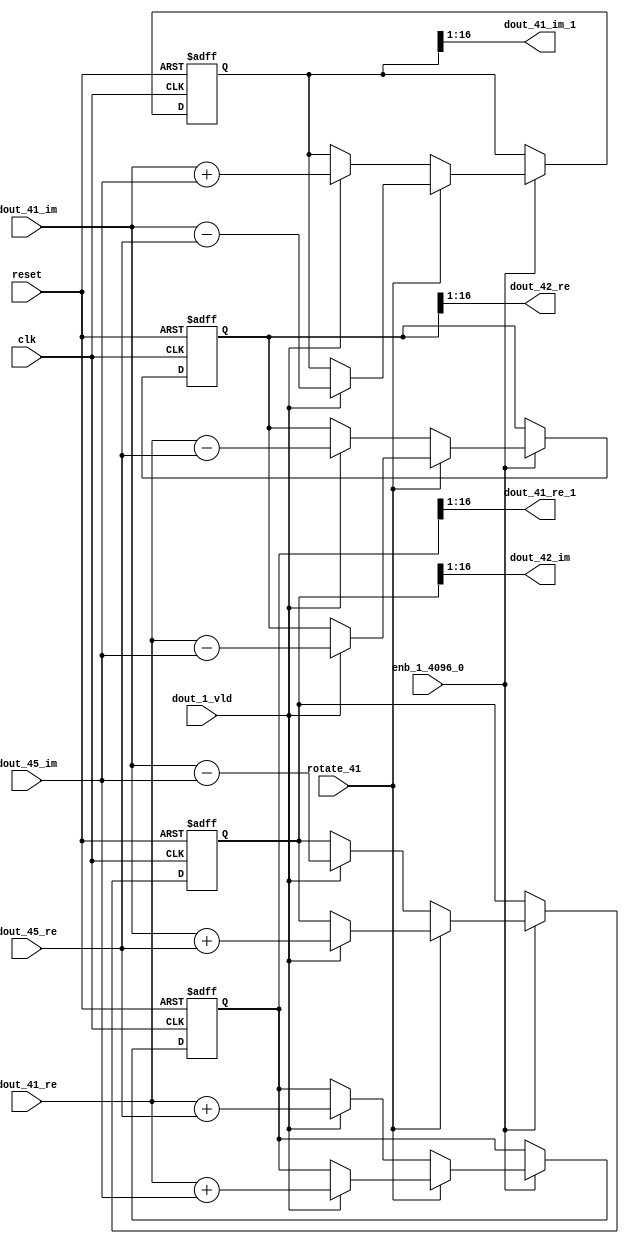
// -------------------------------------------------------------
// 
// 
// Generated by MATLAB 9.14 and HDL Coder 4.1
// 
// -------------------------------------------------------------


// -------------------------------------------------------------
// 
// Module: RADIX22FFT_SDNF2_6_block19
// Source Path: dsphdl.IFFT/RADIX22FFT_SDNF2_6
// Hierarchy Level: 4
// 
// -------------------------------------------------------------

`timescale 1 ns / 1 ns

module RADIX22FFT_SDNF2_6_block19
          (clk,
           reset,
           enb_1_4096_0,
           rotate_41,
           dout_41_re,
           dout_41_im,
           dout_45_re,
           dout_45_im,
           dout_1_vld,
           dout_41_re_1,
           dout_41_im_1,
           dout_42_re,
           dout_42_im);


  input   clk;
  input   reset;
  input   enb_1_4096_0;
  input   rotate_41;  // ufix1
  input   signed [15:0] dout_41_re;  // sfix16_En14
  input   signed [15:0] dout_41_im;  // sfix16_En14
  input   signed [15:0] dout_45_re;  // sfix16_En14
  input   signed [15:0] dout_45_im;  // sfix16_En14
  input   dout_1_vld;
  output  signed [15:0] dout_41_re_1;  // sfix16_En14
  output  signed [15:0] dout_41_im_1;  // sfix16_En14
  output  signed [15:0] dout_42_re;  // sfix16_En14
  output  signed [15:0] dout_42_im;  // sfix16_En14


  reg  Radix22ButterflyG2_NF_din_vld_dly;
  reg signed [16:0] Radix22ButterflyG2_NF_btf1_re_reg;  // sfix17
  reg signed [16:0] Radix22ButterflyG2_NF_btf1_im_reg;  // sfix17
  reg signed [16:0] Radix22ButterflyG2_NF_btf2_re_reg;  // sfix17
  reg signed [16:0] Radix22ButterflyG2_NF_btf2_im_reg;  // sfix17
  reg  Radix22ButterflyG2_NF_din_vld_dly_next;
  reg signed [16:0] Radix22ButterflyG2_NF_btf1_re_reg_next;  // sfix17_En14
  reg signed [16:0] Radix22ButterflyG2_NF_btf1_im_reg_next;  // sfix17_En14
  reg signed [16:0] Radix22ButterflyG2_NF_btf2_re_reg_next;  // sfix17_En14
  reg signed [16:0] Radix22ButterflyG2_NF_btf2_im_reg_next;  // sfix17_En14
  reg signed [15:0] dout_41_re_2;  // sfix16_En14
  reg signed [15:0] dout_41_im_2;  // sfix16_En14
  reg signed [15:0] dout_42_re_1;  // sfix16_En14
  reg signed [15:0] dout_42_im_1;  // sfix16_En14
  reg  dout_6_vld;
  reg signed [16:0] Radix22ButterflyG2_NF_add_cast;  // sfix17_En14
  reg signed [16:0] Radix22ButterflyG2_NF_add_cast_0;  // sfix17_En14
  reg signed [16:0] Radix22ButterflyG2_NF_add_cast_1;  // sfix17_En14
  reg signed [16:0] Radix22ButterflyG2_NF_add_cast_2;  // sfix17_En14
  reg signed [16:0] Radix22ButterflyG2_NF_sub_cast;  // sfix17_En14
  reg signed [16:0] Radix22ButterflyG2_NF_sub_cast_0;  // sfix17_En14
  reg signed [16:0] Radix22ButterflyG2_NF_sub_cast_1;  // sfix17_En14
  reg signed [16:0] Radix22ButterflyG2_NF_sub_cast_2;  // sfix17_En14
  reg signed [16:0] Radix22ButterflyG2_NF_sra_temp;  // sfix17_En14
  reg signed [16:0] Radix22ButterflyG2_NF_add_cast_3;  // sfix17_En14
  reg signed [16:0] Radix22ButterflyG2_NF_add_cast_4;  // sfix17_En14
  reg signed [16:0] Radix22ButterflyG2_NF_add_cast_5;  // sfix17_En14
  reg signed [16:0] Radix22ButterflyG2_NF_add_cast_6;  // sfix17_En14
  reg signed [16:0] Radix22ButterflyG2_NF_sra_temp_0;  // sfix17_En14
  reg signed [16:0] Radix22ButterflyG2_NF_sub_cast_3;  // sfix17_En14
  reg signed [16:0] Radix22ButterflyG2_NF_sub_cast_4;  // sfix17_En14
  reg signed [16:0] Radix22ButterflyG2_NF_sub_cast_5;  // sfix17_En14
  reg signed [16:0] Radix22ButterflyG2_NF_sub_cast_6;  // sfix17_En14
  reg signed [16:0] Radix22ButterflyG2_NF_sra_temp_1;  // sfix17_En14
  reg signed [16:0] Radix22ButterflyG2_NF_sra_temp_2;  // sfix17_En14


  // Radix22ButterflyG2_NF
  always @(posedge clk or posedge reset)
    begin : Radix22ButterflyG2_NF_process
      if (reset == 1'b1) begin
        Radix22ButterflyG2_NF_din_vld_dly <= 1'b0;
        Radix22ButterflyG2_NF_btf1_re_reg <= 17'sb00000000000000000;
        Radix22ButterflyG2_NF_btf1_im_reg <= 17'sb00000000000000000;
        Radix22ButterflyG2_NF_btf2_re_reg <= 17'sb00000000000000000;
        Radix22ButterflyG2_NF_btf2_im_reg <= 17'sb00000000000000000;
      end
      else begin
        if (enb_1_4096_0) begin
          Radix22ButterflyG2_NF_din_vld_dly <= Radix22ButterflyG2_NF_din_vld_dly_next;
          Radix22ButterflyG2_NF_btf1_re_reg <= Radix22ButterflyG2_NF_btf1_re_reg_next;
          Radix22ButterflyG2_NF_btf1_im_reg <= Radix22ButterflyG2_NF_btf1_im_reg_next;
          Radix22ButterflyG2_NF_btf2_re_reg <= Radix22ButterflyG2_NF_btf2_re_reg_next;
          Radix22ButterflyG2_NF_btf2_im_reg <= Radix22ButterflyG2_NF_btf2_im_reg_next;
        end
      end
    end

  always @(Radix22ButterflyG2_NF_btf1_im_reg, Radix22ButterflyG2_NF_btf1_re_reg,
       Radix22ButterflyG2_NF_btf2_im_reg, Radix22ButterflyG2_NF_btf2_re_reg,
       Radix22ButterflyG2_NF_din_vld_dly, dout_1_vld, dout_41_im, dout_41_re,
       dout_45_im, dout_45_re, rotate_41) begin
    Radix22ButterflyG2_NF_add_cast_1 = 17'sb00000000000000000;
    Radix22ButterflyG2_NF_add_cast_2 = 17'sb00000000000000000;
    Radix22ButterflyG2_NF_sub_cast_1 = 17'sb00000000000000000;
    Radix22ButterflyG2_NF_sub_cast_2 = 17'sb00000000000000000;
    Radix22ButterflyG2_NF_add_cast_5 = 17'sb00000000000000000;
    Radix22ButterflyG2_NF_add_cast_6 = 17'sb00000000000000000;
    Radix22ButterflyG2_NF_sub_cast_5 = 17'sb00000000000000000;
    Radix22ButterflyG2_NF_sub_cast_6 = 17'sb00000000000000000;
    Radix22ButterflyG2_NF_add_cast = 17'sb00000000000000000;
    Radix22ButterflyG2_NF_add_cast_0 = 17'sb00000000000000000;
    Radix22ButterflyG2_NF_sub_cast = 17'sb00000000000000000;
    Radix22ButterflyG2_NF_sub_cast_0 = 17'sb00000000000000000;
    Radix22ButterflyG2_NF_add_cast_3 = 17'sb00000000000000000;
    Radix22ButterflyG2_NF_add_cast_4 = 17'sb00000000000000000;
    Radix22ButterflyG2_NF_sub_cast_3 = 17'sb00000000000000000;
    Radix22ButterflyG2_NF_sub_cast_4 = 17'sb00000000000000000;
    Radix22ButterflyG2_NF_btf1_re_reg_next = Radix22ButterflyG2_NF_btf1_re_reg;
    Radix22ButterflyG2_NF_btf1_im_reg_next = Radix22ButterflyG2_NF_btf1_im_reg;
    Radix22ButterflyG2_NF_btf2_re_reg_next = Radix22ButterflyG2_NF_btf2_re_reg;
    Radix22ButterflyG2_NF_btf2_im_reg_next = Radix22ButterflyG2_NF_btf2_im_reg;
    Radix22ButterflyG2_NF_din_vld_dly_next = dout_1_vld;
    if (rotate_41 != 1'b0) begin
      if (dout_1_vld) begin
        Radix22ButterflyG2_NF_add_cast_1 = {dout_41_re[15], dout_41_re};
        Radix22ButterflyG2_NF_add_cast_2 = {dout_45_im[15], dout_45_im};
        Radix22ButterflyG2_NF_btf1_re_reg_next = Radix22ButterflyG2_NF_add_cast_1 + Radix22ButterflyG2_NF_add_cast_2;
        Radix22ButterflyG2_NF_sub_cast_1 = {dout_41_re[15], dout_41_re};
        Radix22ButterflyG2_NF_sub_cast_2 = {dout_45_im[15], dout_45_im};
        Radix22ButterflyG2_NF_btf2_re_reg_next = Radix22ButterflyG2_NF_sub_cast_1 - Radix22ButterflyG2_NF_sub_cast_2;
        Radix22ButterflyG2_NF_add_cast_5 = {dout_41_im[15], dout_41_im};
        Radix22ButterflyG2_NF_add_cast_6 = {dout_45_re[15], dout_45_re};
        Radix22ButterflyG2_NF_btf2_im_reg_next = Radix22ButterflyG2_NF_add_cast_5 + Radix22ButterflyG2_NF_add_cast_6;
        Radix22ButterflyG2_NF_sub_cast_5 = {dout_41_im[15], dout_41_im};
        Radix22ButterflyG2_NF_sub_cast_6 = {dout_45_re[15], dout_45_re};
        Radix22ButterflyG2_NF_btf1_im_reg_next = Radix22ButterflyG2_NF_sub_cast_5 - Radix22ButterflyG2_NF_sub_cast_6;
      end
    end
    else if (dout_1_vld) begin
      Radix22ButterflyG2_NF_add_cast = {dout_41_re[15], dout_41_re};
      Radix22ButterflyG2_NF_add_cast_0 = {dout_45_re[15], dout_45_re};
      Radix22ButterflyG2_NF_btf1_re_reg_next = Radix22ButterflyG2_NF_add_cast + Radix22ButterflyG2_NF_add_cast_0;
      Radix22ButterflyG2_NF_sub_cast = {dout_41_re[15], dout_41_re};
      Radix22ButterflyG2_NF_sub_cast_0 = {dout_45_re[15], dout_45_re};
      Radix22ButterflyG2_NF_btf2_re_reg_next = Radix22ButterflyG2_NF_sub_cast - Radix22ButterflyG2_NF_sub_cast_0;
      Radix22ButterflyG2_NF_add_cast_3 = {dout_41_im[15], dout_41_im};
      Radix22ButterflyG2_NF_add_cast_4 = {dout_45_im[15], dout_45_im};
      Radix22ButterflyG2_NF_btf1_im_reg_next = Radix22ButterflyG2_NF_add_cast_3 + Radix22ButterflyG2_NF_add_cast_4;
      Radix22ButterflyG2_NF_sub_cast_3 = {dout_41_im[15], dout_41_im};
      Radix22ButterflyG2_NF_sub_cast_4 = {dout_45_im[15], dout_45_im};
      Radix22ButterflyG2_NF_btf2_im_reg_next = Radix22ButterflyG2_NF_sub_cast_3 - Radix22ButterflyG2_NF_sub_cast_4;
    end
    Radix22ButterflyG2_NF_sra_temp = Radix22ButterflyG2_NF_btf1_re_reg >>> 8'd1;
    dout_41_re_2 = Radix22ButterflyG2_NF_sra_temp[15:0];
    Radix22ButterflyG2_NF_sra_temp_0 = Radix22ButterflyG2_NF_btf1_im_reg >>> 8'd1;
    dout_41_im_2 = Radix22ButterflyG2_NF_sra_temp_0[15:0];
    Radix22ButterflyG2_NF_sra_temp_1 = Radix22ButterflyG2_NF_btf2_re_reg >>> 8'd1;
    dout_42_re_1 = Radix22ButterflyG2_NF_sra_temp_1[15:0];
    Radix22ButterflyG2_NF_sra_temp_2 = Radix22ButterflyG2_NF_btf2_im_reg >>> 8'd1;
    dout_42_im_1 = Radix22ButterflyG2_NF_sra_temp_2[15:0];
    dout_6_vld = Radix22ButterflyG2_NF_din_vld_dly;
  end



  assign dout_41_re_1 = dout_41_re_2;

  assign dout_41_im_1 = dout_41_im_2;

  assign dout_42_re = dout_42_re_1;

  assign dout_42_im = dout_42_im_1;

endmodule  // RADIX22FFT_SDNF2_6_block19